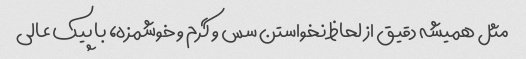
مثل همیشه دقیق از لحاظ نخواستن سس و گرم و خوشمزه، با پیک عالی